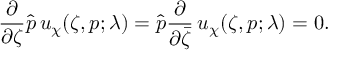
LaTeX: \frac \partial { \partial \zeta } \hat { p } \, u _ { \chi } ( \zeta , p ; \lambda ) = \hat { p } \frac \partial { \partial \bar { \zeta } } \, u _ { \chi } ( \zeta , p ; \lambda ) = 0 .